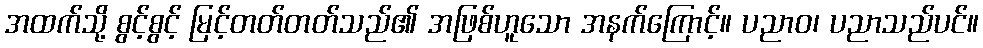
အထက်သို့ စွင့်စွင့် မြင့်တတ်တတ်သည်၏ အဖြစ်ဟူသော အနက်ကြောင့်။ ပညာဝ၊ ပညာသည်ပင်။